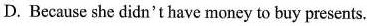
D. Because she didn't have money to buy presents.